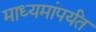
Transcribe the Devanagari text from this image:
माध्यमांपर्यंत